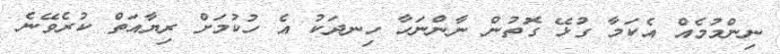
ނިންމުމެއް އެކަމާ ގުޅޭ ގޮތުން ނާންނަހާ ހިނދަކު އެ ހުކުމަށް ރިޔާއަތް ކުރެވޭނެ